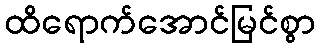
ထိရောက်အောင်မြင်စွာ